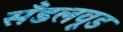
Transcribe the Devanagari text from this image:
सँडलवूड